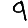
Digit: 9